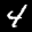
Label: 4